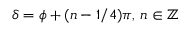
\delta = \phi + ( n - 1 / 4 ) \pi , \, n \in \mathbb { Z }